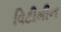
વિટીમીન